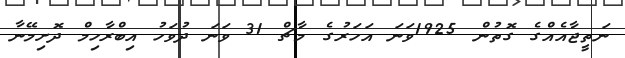
ނަތީޖާއެއްގެ ގޮތުން 1925ވަނަ އަހަރުގެ މާޗް 31 ވަނަ ދުވަހު އިބްރާހިމް ދޮށިމޭނާ